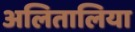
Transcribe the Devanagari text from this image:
अलितालिया